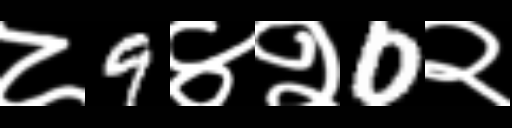
Text: ८9४२0२